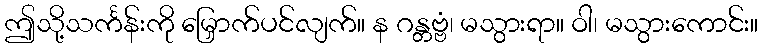
ဤသို့သင်္ကန်းကို မြှောက်ပင်လျက်။ န ဂန္တဗ္ဗံ၊ မသွားရာ။ ဝါ၊ မသွားကောင်း။